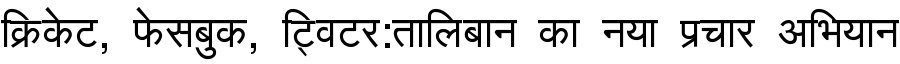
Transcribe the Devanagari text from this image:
क्रिकेट, फेसबुक, ट्विटर:तालिबान का नया प्रचार अभियान